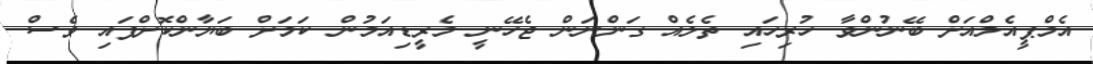
އެމްޕީއެލްއަށް ބޭނުންވާ ހުރިހައި ތެލެއް ގަންނަން ޖެހޭނީ މެރީޑިއަމުން ކަމަށް ބަޔާންކޮށްފައި ވެސް